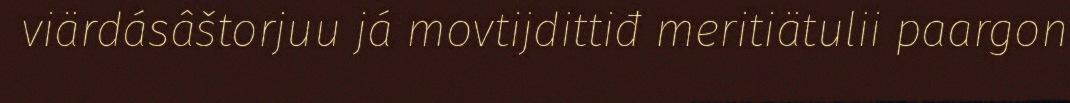
viärdásâštorjuu já movtijdittiđ meritiätulii paargon